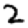
Digit: 2